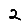
Digit: 2